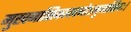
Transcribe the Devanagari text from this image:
मुखनासिकावचनोऽनुनासिकः।